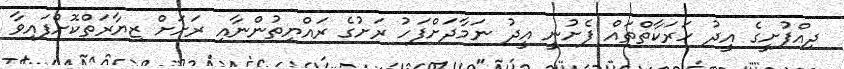
ދިއްފުށީގެ އީދު ހަރަކާތްތައް ފެށުނީ އީދު ނަމާދަށްފަހު ރަށުގެ ރައްޔިތުންނާއި ރަށަށް ޒިޔާރަތްކޮށްފައިވާ